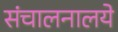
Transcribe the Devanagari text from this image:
संचालनालये